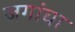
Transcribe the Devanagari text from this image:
जगांचा